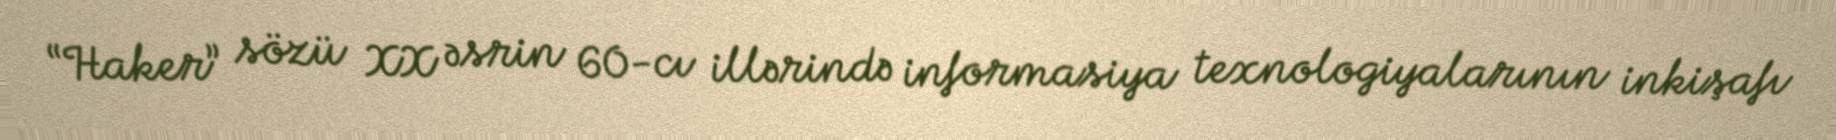
“Haker” sözü XX əsrin 60-cı illərində informasiya texnologiyalarının inkişafı